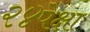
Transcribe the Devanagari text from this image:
२४पेक्षा